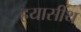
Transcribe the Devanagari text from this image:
हयासींथ